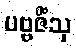
ပဗ္ဗဇိံသု